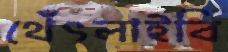
থেঁৎলাইবি